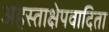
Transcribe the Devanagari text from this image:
अहस्ताक्षेपवादिता